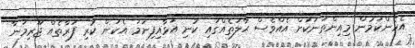
އެހެންކަމުން މިއިންތަނަކަށް އެއްވެސް ޙާލަތެއްގައި ކުނި އަޅާއިފިނަމަ އެކަން ކުރި ފަރާތެއް ޖޫރިމަނާ